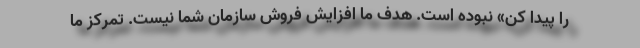
را پیدا کن» نبوده است. هدف ما افزایش فروش سازمان شما نیست. تمرکز ما